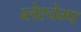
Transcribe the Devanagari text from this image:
ब्लेश्चेम्प